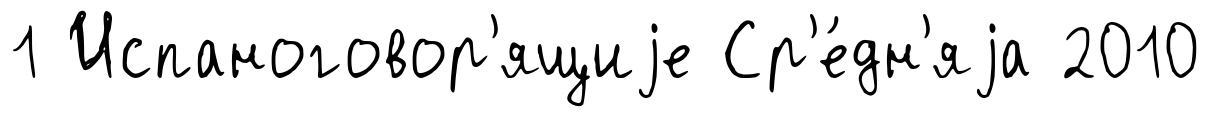
1 Испаноговор'ящиjе Ср'е́дн'яjа 2010